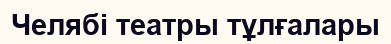
Челябі театры тұлғалары